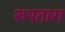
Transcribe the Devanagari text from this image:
रूपतारा